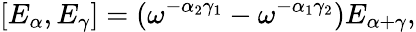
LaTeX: [E_{\alpha},E_{\gamma}]=(\omega^{-\alpha_{2}\gamma_{1}}-\omega^{-\alpha_{1}\gamma_{2}})E_{\alpha+\gamma},